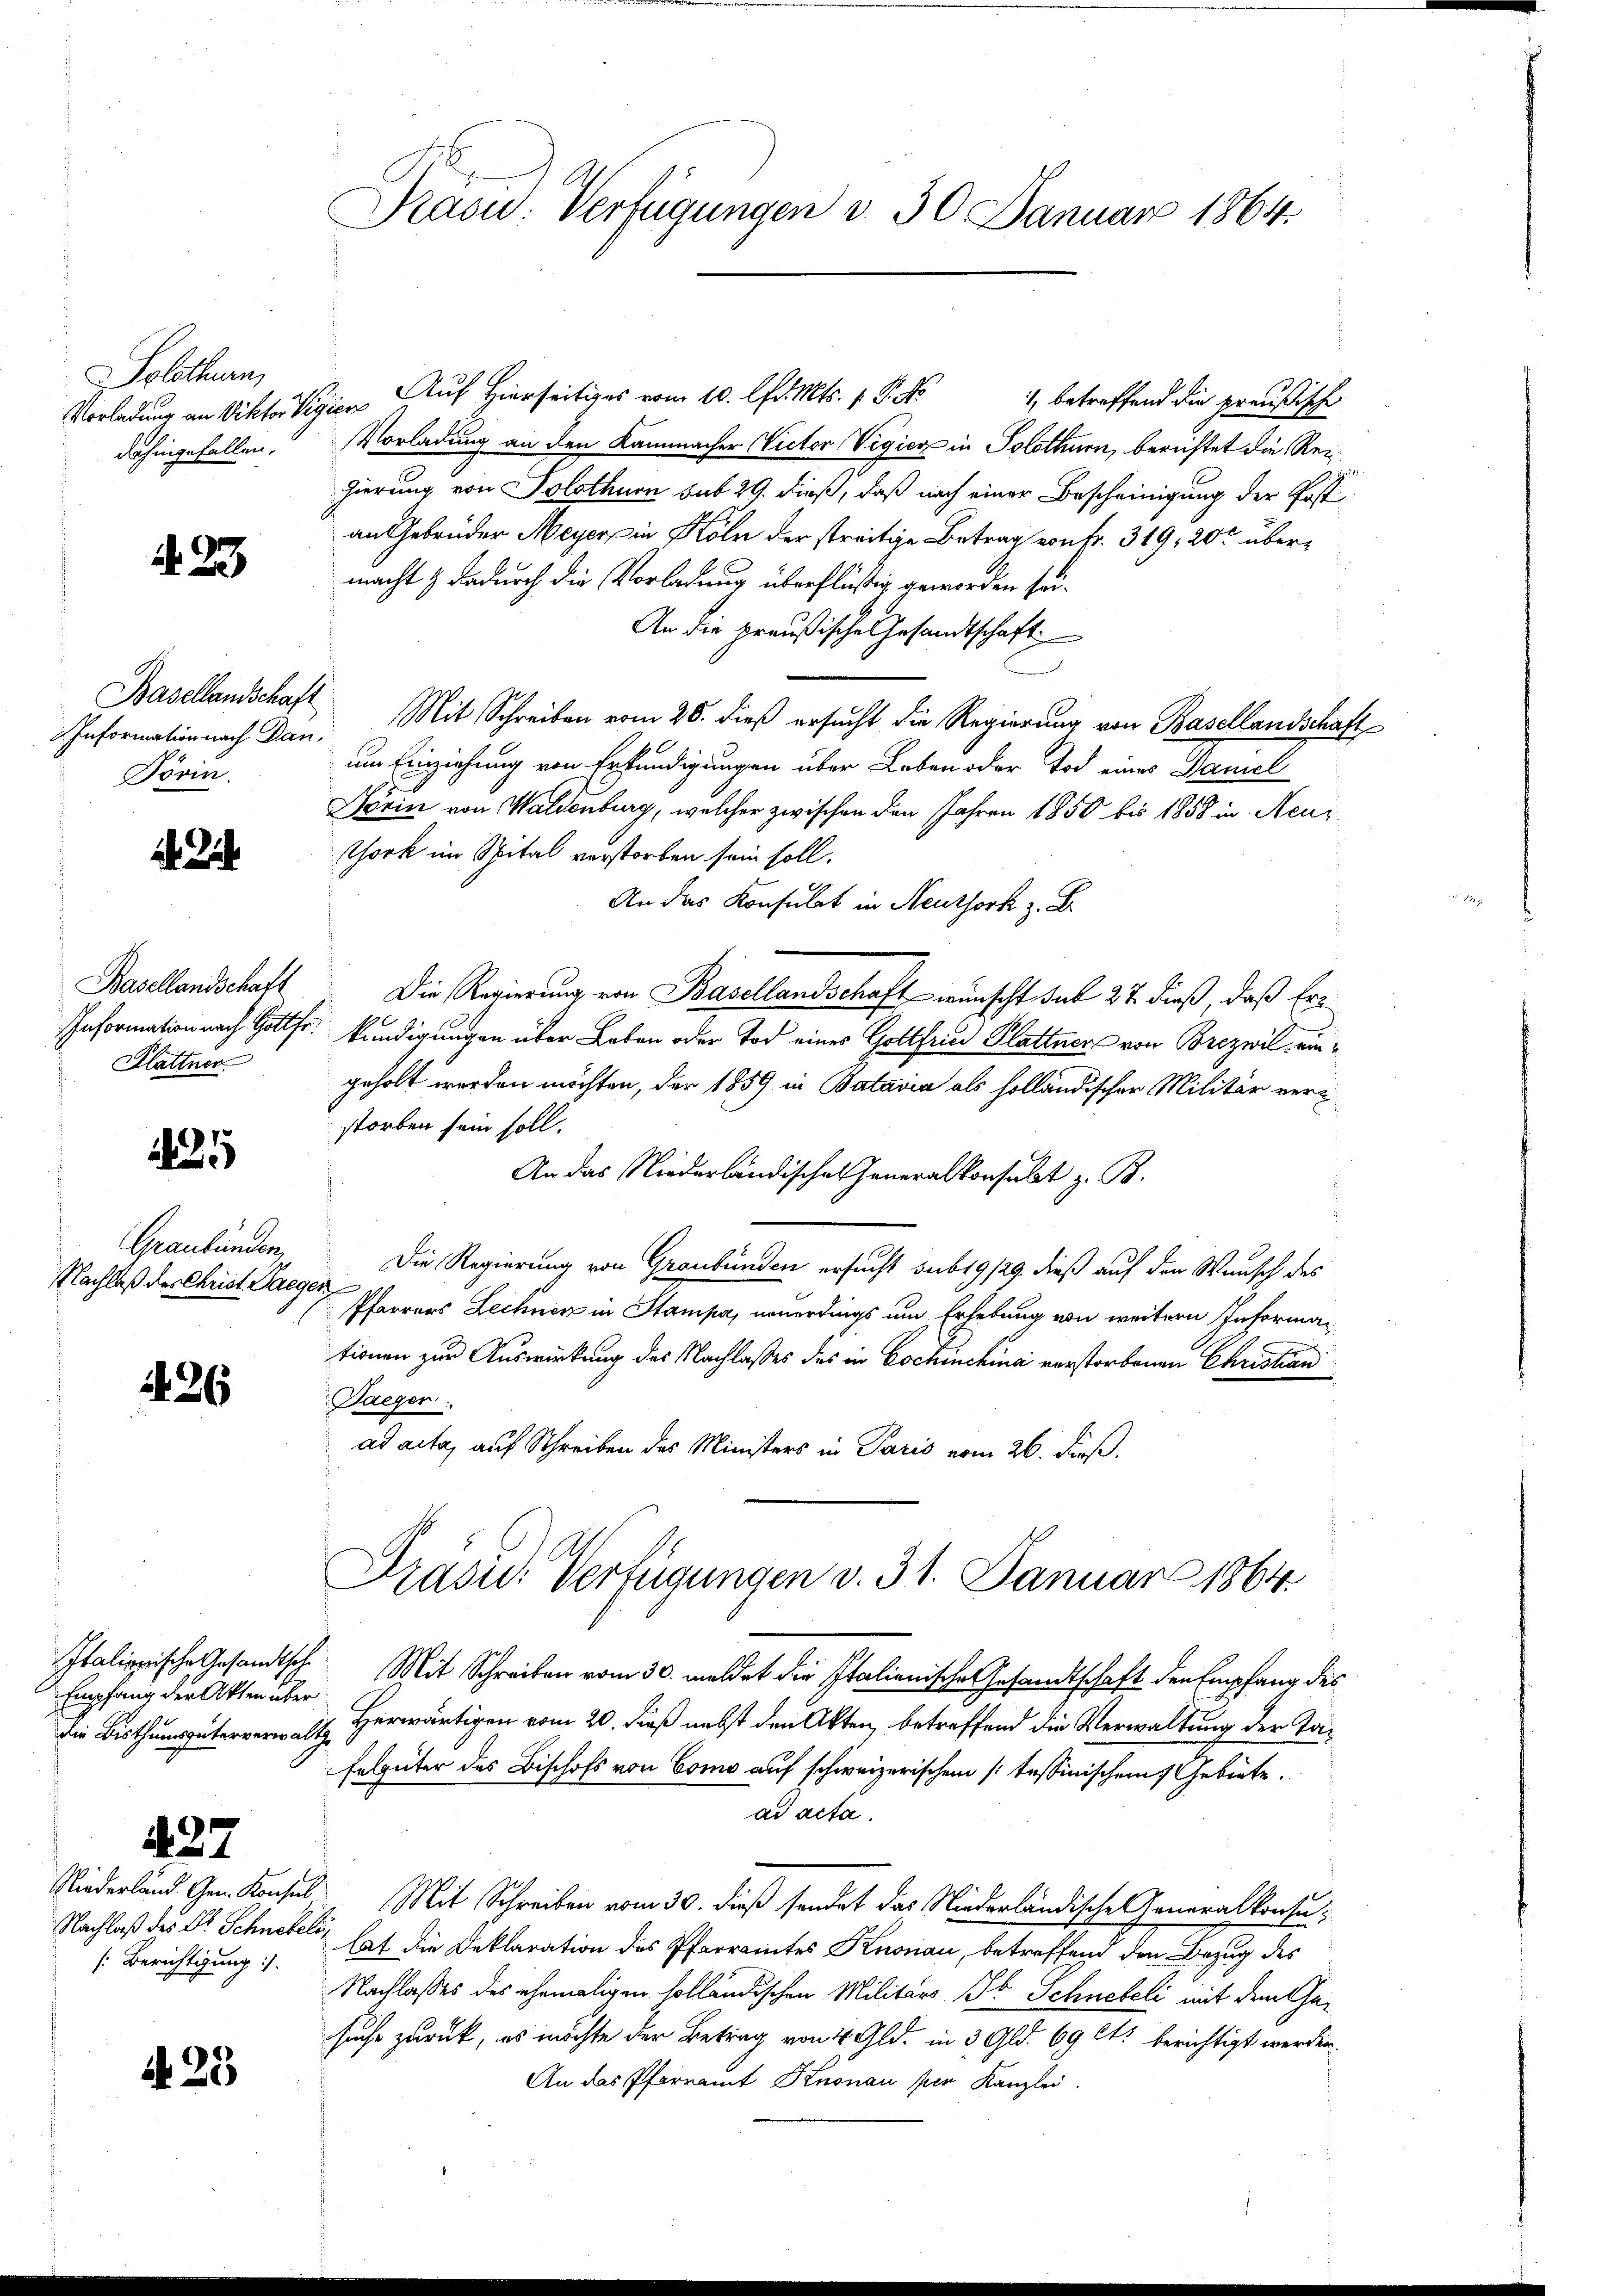
Solothurn,
dahingefallen.

A 23

Information nach Dan
Pörin.

2 Jah

Basellandschaft
Flattner

125

Graubünden,
Nachlaß der Christ Laeger,

426

Empfang der Akten über
die Bisthumsgüterverwalt
427
[Berichtigung :/

425

Präsid.. Verfügungen d. 30 Januar 1864.

Vorladung an Viktor Regien auf Hierseitiges vom 10. lfd. Mts. 1. P. Nr. 1, betreffend die preußische
Vorladung an den Kammacher Victor Vigicz in Solothurn, berichtet die Reigierung von Solothurn sub 29. dieß, daß nach einer Bescheinigung der Postan Gebrüder Meyer in Köln der streitige Betrag von fr. 319, 200 übermacht & dadurch die Vorladung überflüßig geworden sei.
An die preußische Gesandtschaft
Basellandschaft Mit Schreiben vom 28. dieß ersucht die Regierung von Basellandschaft
um Einziehung von Erkundigungen über Leben oder Tod eines Damel
Nörin von Waldenburg, welcher zwischen den Jahren 1850 bis 1858 in Neuz
Chork im Spital verstorben sein soll.
An das Konsulat in Neuthork z. B.
Die Regierung von Basellandschaft wünscht sub 27. dieß, daß Er¬
Information nach Gottfr. kündigungen über Leben oder Tod eines Gottfried Plattner von Brezwil eingeholt werden möchten, der 1859 in Batavia als holländischer Militär verstorben sein soll.
An das Niederländischen Generalkonsulat z. B.
Die Regierung von Graubünden ersucht sub 19/29. dieß auf den Wunsch des
Pfarrers Lechnen in Stampa, neuerdings um Erhebung von weitern Informationen zur Auswirkung des Nachlasses des in Eschinchina verstorbenen Christian
Daeger
ad acta, auf Schreiben des Ministers in Paris vom 26. Fuß.

Präsid. Verfügungen v. 31. Januar 1864.

Italienische Gesandtsche Mit Schreiben vom 30. meldet die Italienischen Gesandtschaft den Empfang des
Herwärtigen vom 20. dieß nebst den Akten, betreffend die Verwaltung der Ta¬
Felgüter des Bischofs von Como auf schweizerischen (: tessinischem Gebiete.
ad acta.
Niederland. Gem. Konsul Mit Schreiben vom 30. dieß sendet das Niederländische Generalkonsu¬
Nachlaß des Dr. Schnetet hat die Deklaration des Pfarramtes Knonau, betreffend den Bezug des
Nachlasses des ehemaligen solländischen Militärs Jb. Schneteli mit dem Gesuche zurück, es möchte der Betrag von 4 Gld. in 3 Gld. 69 lt. berichtigt werden.
An das Pfarramt Knonau per Kanzlei.